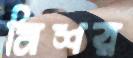
মিশর